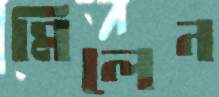
মিলেন